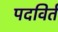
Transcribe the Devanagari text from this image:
पदविर्त